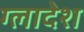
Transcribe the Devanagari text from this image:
ग्लादेश